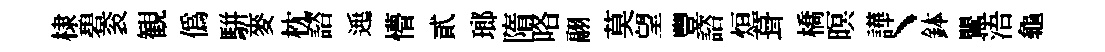
棣碧衮観僞駢麥枕諮𨓱懵貳瑯隋咯翮莫望豐諮烜葺橋暝譁丶鉢鸎浯龜